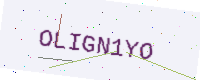
Text: OLIGN1YO